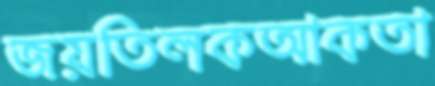
জয়তিলকআকতা